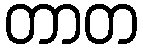
တာတ